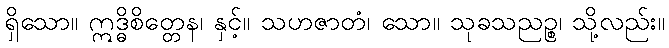
ရှိသော။ ဣဒ္ဓိစိတ္တေန၊ နှင့်။ သဟဇာတံ၊ သော။ သုခသညဉ္စ၊ သို့လည်း။